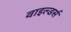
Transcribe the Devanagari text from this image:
वाइल्डर्स